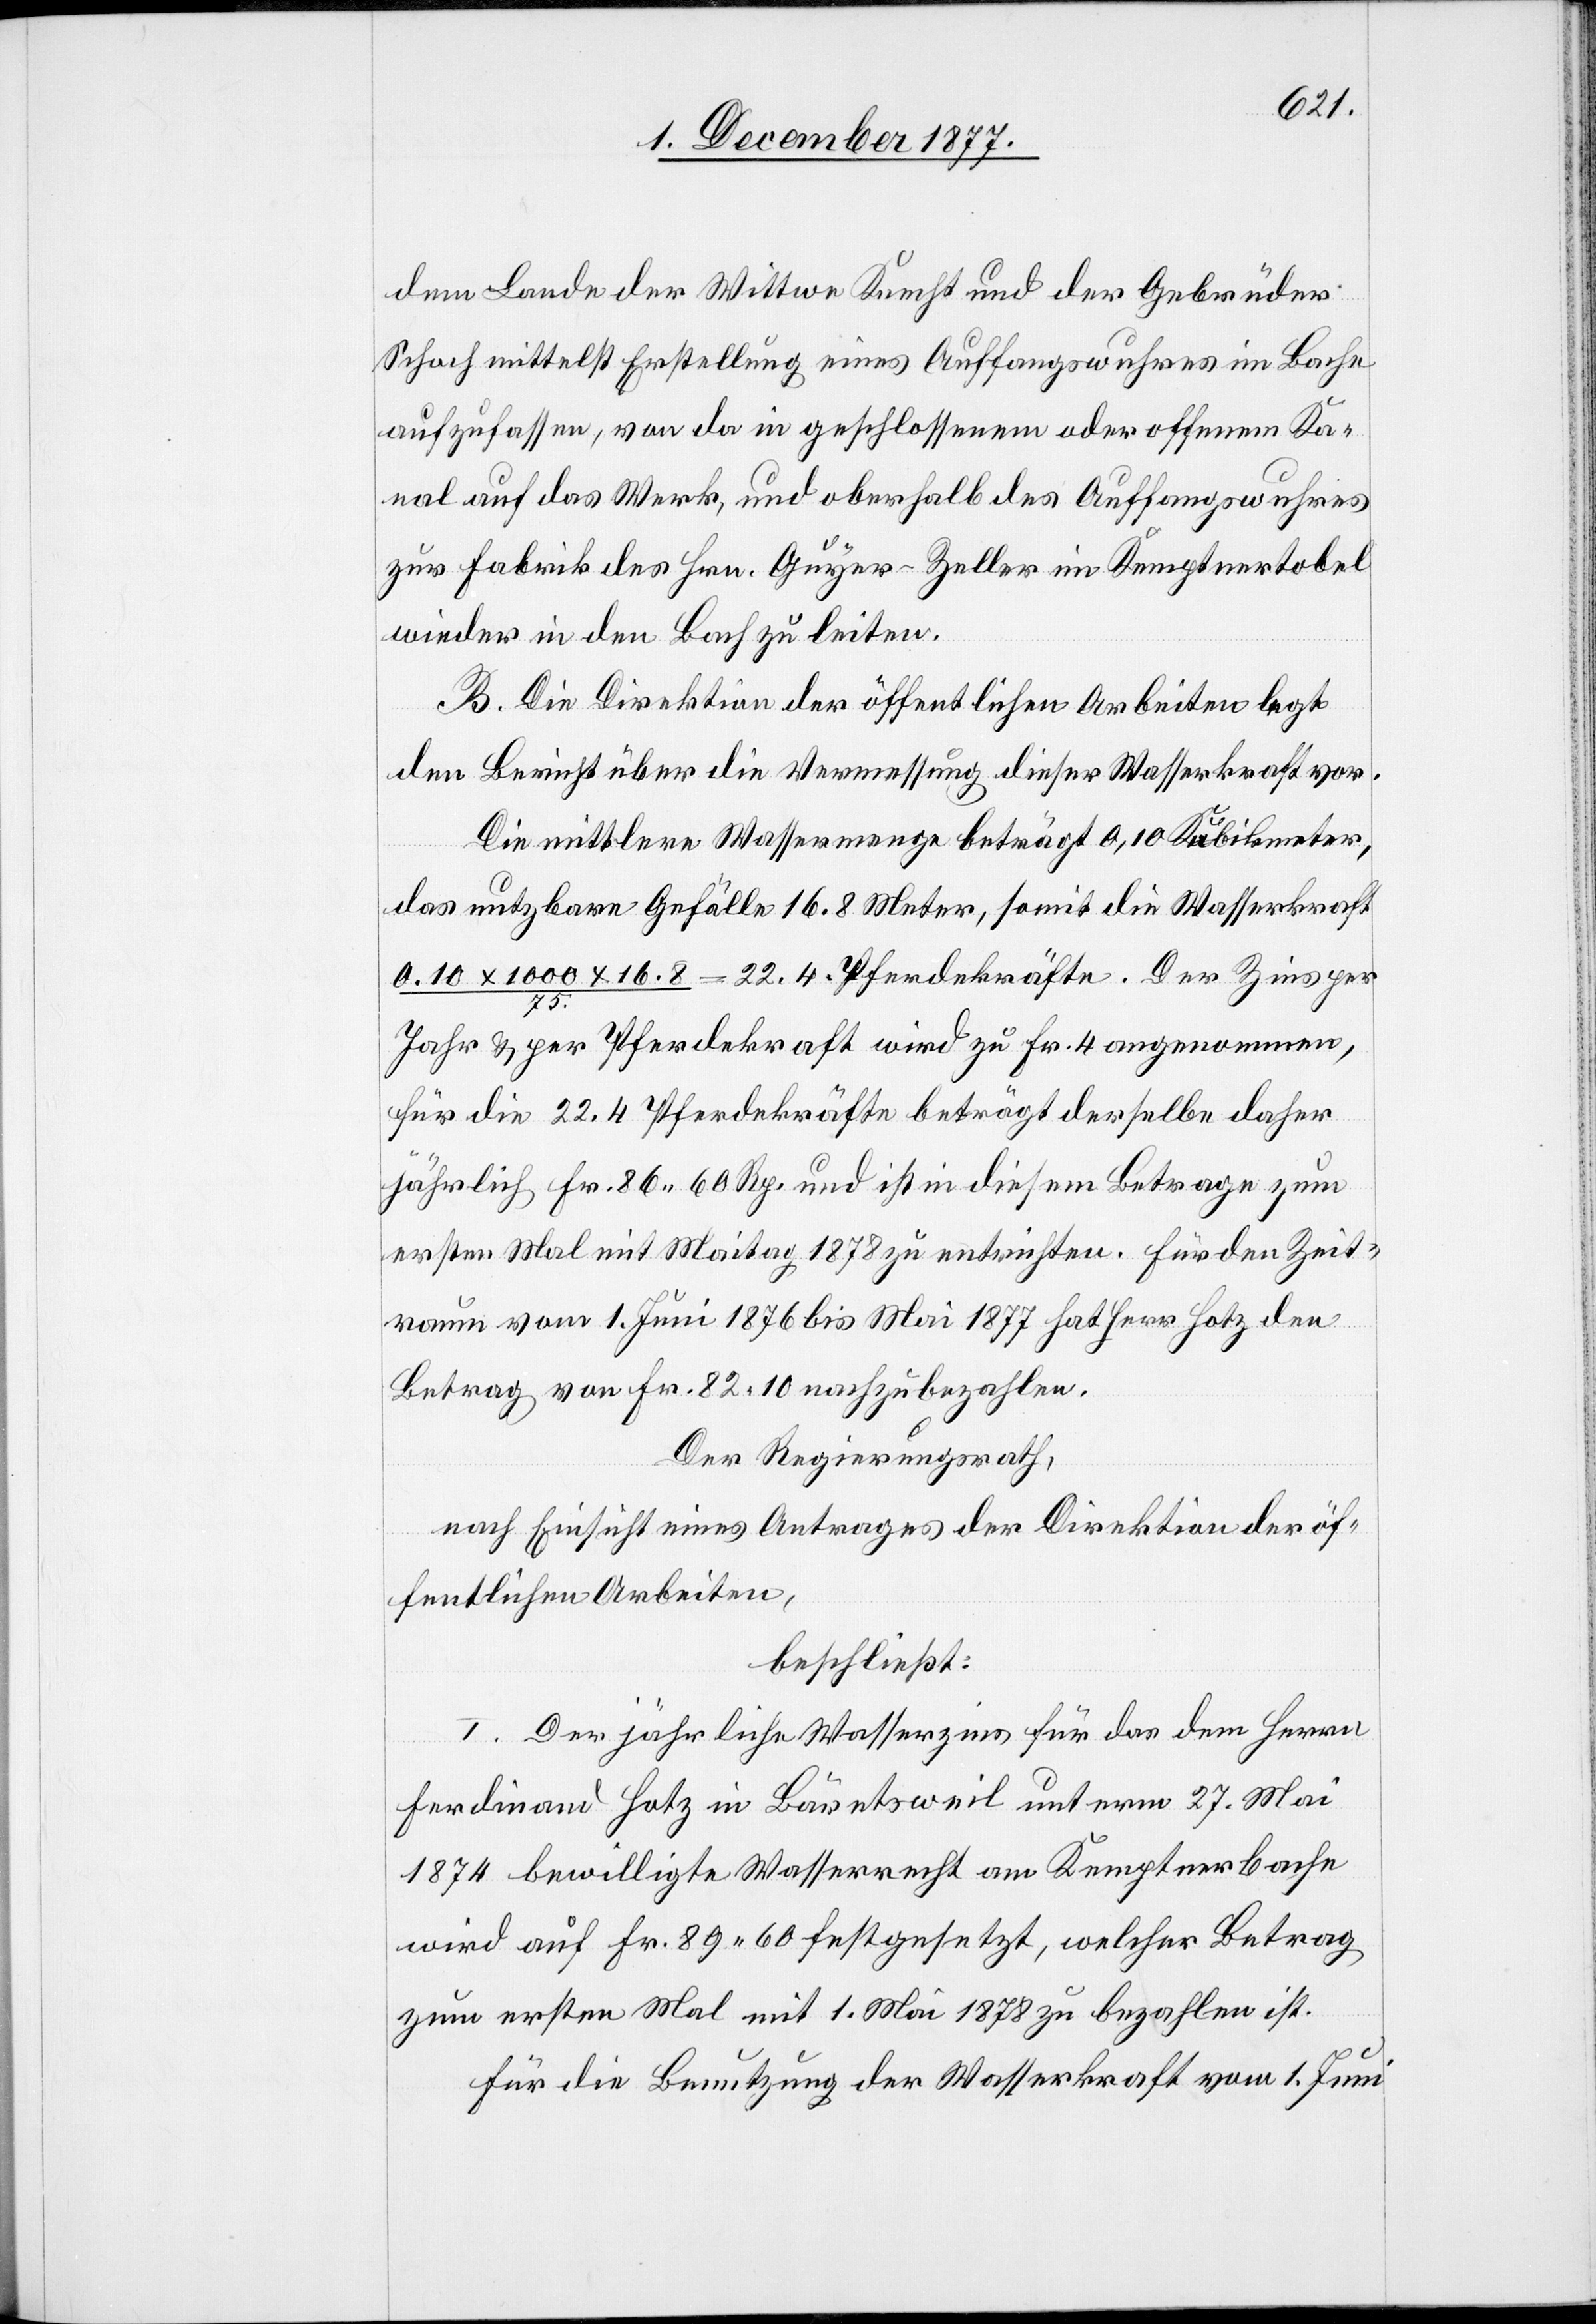
dem Lande der Wittwe Knecht und der Gebrüder
Schoch mittelst Erstellung eines Auffangswuhres im Bache
aufzufassen, von da in geschlossenem oder offenem Ka¬
nal auf das Werk, und oberhalb des Auffangswuhres
zur Fabrik des Hrn. Guyer-Zeller im Kemptnertobel
wieder in den Bach zu leiten.
B. Die Direktion der öffentlichen Arbeiten legt
den Bericht über die Vermessung dieser Wasserkraft vor.
Die mittlere Wassermenge beträgt 0,10 Kubikmeter,
das nutzbare Gefälle 16.8 Meter, somit die Wasserkraft
0.10 x 1000 x 16.8 / 75. = 22.4 Pferdekräfte. Der Zins per
Jahr & per Pferdekraft wird zu Fr. 4 angenommen,
für die 22.4 Pferdekräfte beträgt derselbe daher
jährlich Fr. 86 60 Rp. und ist in diesem Betrage zum
ersten Mal mit Maitag 1878 zu entrichten. Für den Zeit¬
raum vom 1. Juni 1876 bis Mai 1877 hat Herr Hotz den
Betrag von Fr. 82.10 nachzubezahlen.
Der Regierungsrath,
nach Einsicht eines Antrages der Direktion der öf¬
fentlichen Arbeiten,
beschließt:
I. Der jährliche Wasserzins für das dem Herrn
Ferdinand Hotz in Bäretsweil unterm 27. Mai
1874 bewilligte Wasserrecht am Kemptnerbache
wird auf Fr. 89.60 festgesetzt, welcher Betrag
zum ersten Mal mit 1. Mai 1878 zu bezahlen ist.
Für die Benutzung der Wasserkraft vom 1. Juni